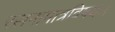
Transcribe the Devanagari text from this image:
रसनामात्रविषयः।